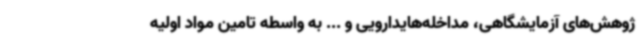
ژوهش‌های آزمایشگاهی، مداخله‌هایدارویی و ... به واسطه تامین مواد اولیه